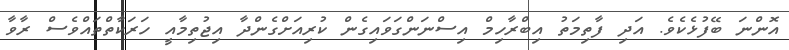
އޮންނަ ބޭފުޅެކެވެ. އަދި ފާތިމަތު އިބްރާހިމް އިސްނަންގަވައިގެން ކުރިއަށްގެންދާ އިޖުތިމާއީ ހަރަކާތްތައްވެސް ރާވާ